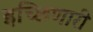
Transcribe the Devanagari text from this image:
इच्छिणारी